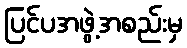
ပြင်ပအဖွဲ့အစည်းမှ